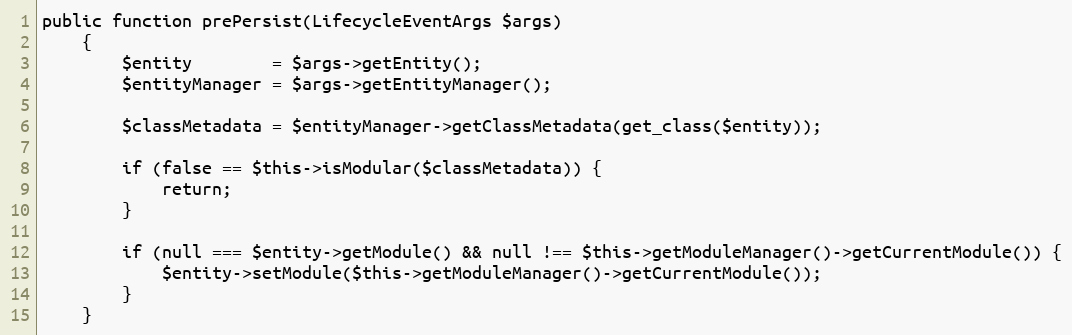
Language: PHP
public function prePersist(LifecycleEventArgs $args)
    {
        $entity        = $args->getEntity();
        $entityManager = $args->getEntityManager();

        $classMetadata = $entityManager->getClassMetadata(get_class($entity));

        if (false == $this->isModular($classMetadata)) {
            return;
        }

        if (null === $entity->getModule() && null !== $this->getModuleManager()->getCurrentModule()) {
            $entity->setModule($this->getModuleManager()->getCurrentModule());
        }
    }